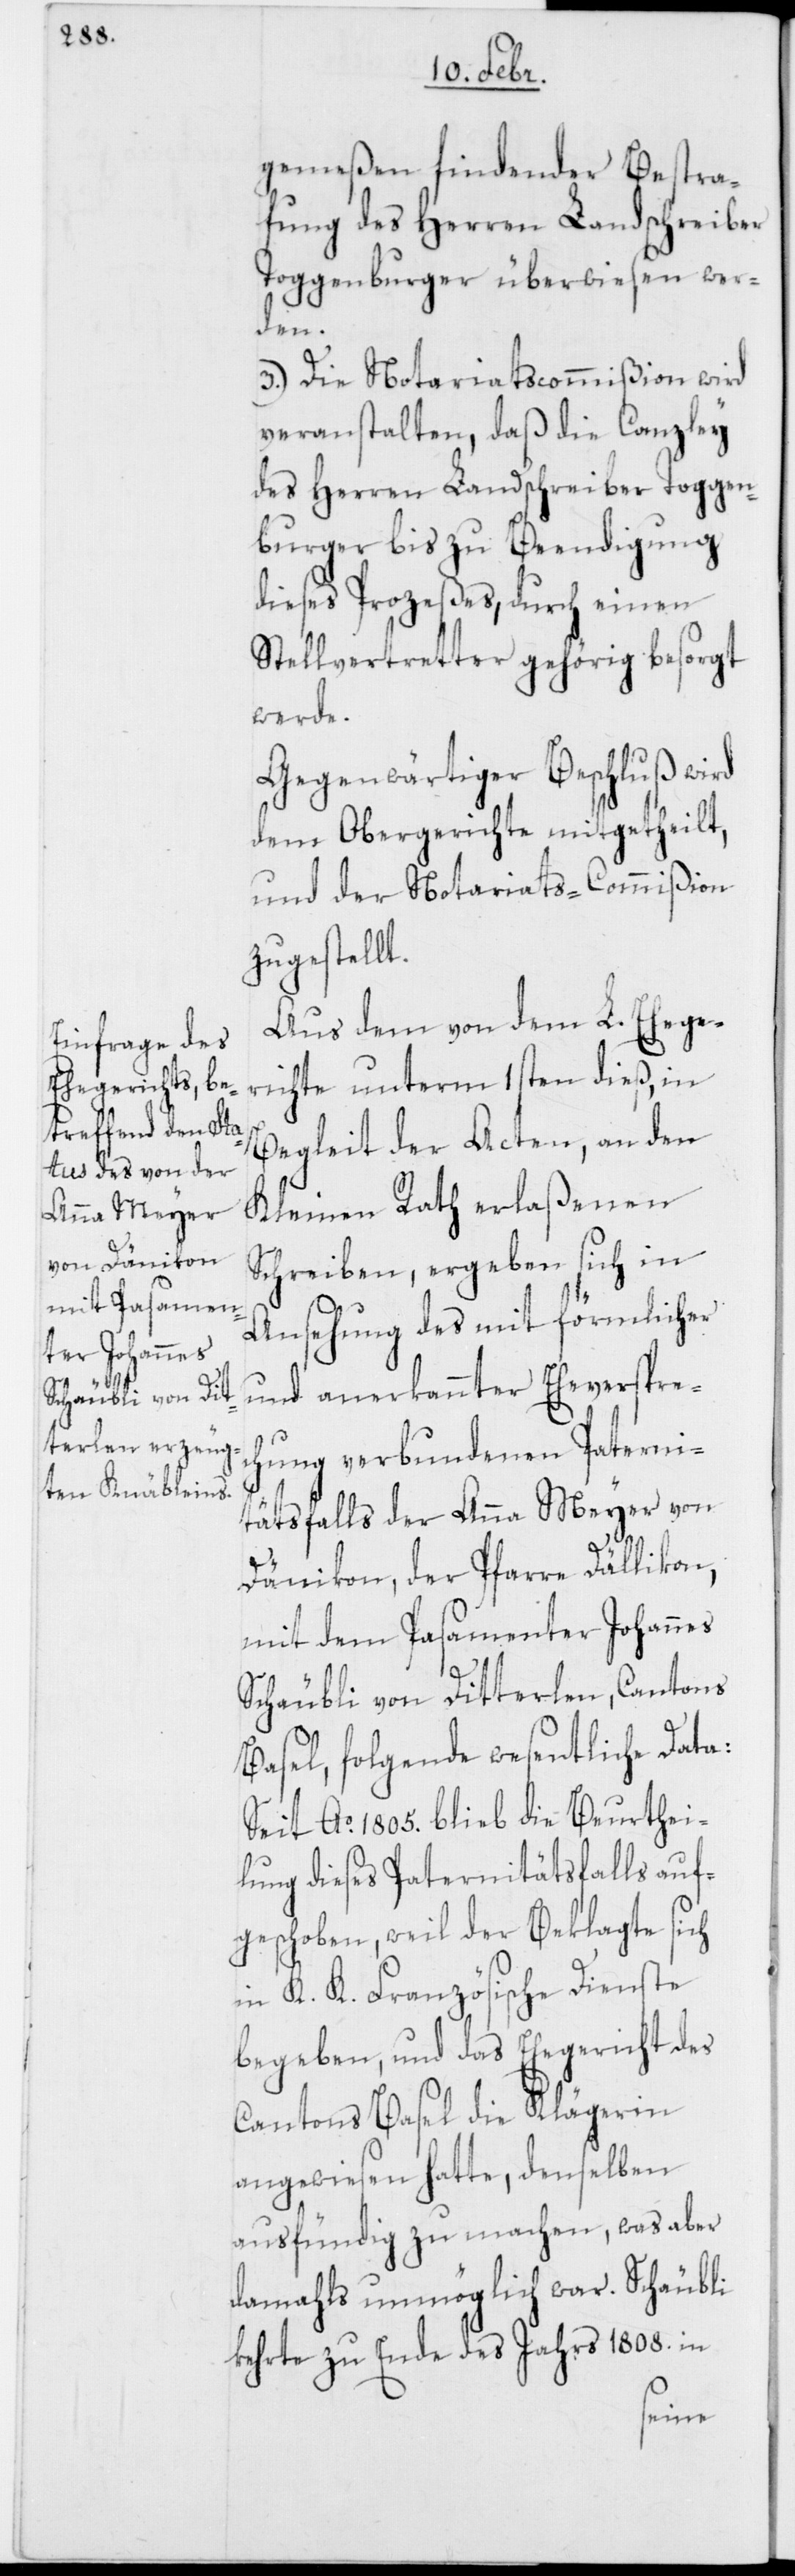
gemeßen findender Bestra¬
fung des Herren Landschreiber
Toggenburger überwiesen wer¬
den.
3.) Die Notariatscommißion wird
veranstalten, daß die Canzley
des Herren Landschreiber Toggen¬
burger bis zu Beendigung
dieses Prozeßes, durch einen
Stellvertreter gehörig besorgt
werde.
Gegenwärtiger Beschluß wird
dem Obergerichte mitgetheilt,
und der Notariats-Commißion
zugestellt.
Aus dem von dem L. Ehege¬
richte unterm 1sten dieß, in
Begleit der Acten, an den
Kleinen Rath erlaßenen
Schreiben, ergeben sich in
Ansehung des mit förmlicher
und anerkannter Eheversprec¬
hung verbundenen Paterni¬
tätsfalls der Anna Meyer von
Dänikon, der Pfarre Dällikon,
mit dem Posamenter Johannes
Schäubli von Ditterlen, Cantons
Basel, folgende wesentliche Data:
Seit Ao. 1805. blieb die Beurthei¬
lung dieses Paternitätsfalls auf¬
geschoben, weil der Beklagte sich
in K. K. Französische Dienste
begeben, und das Ehegericht des
Cantons Basel die Klägerin
angewiesen hatte, denselben
ausfündig zu machen, was aber
damahls unmöglich war. Schäubli
kehrte zu Ende des Jahrs 1808. in